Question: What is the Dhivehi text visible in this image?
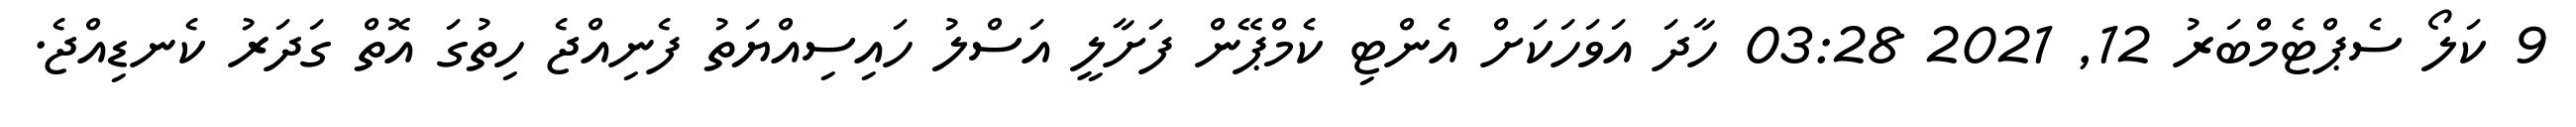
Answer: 9 ކަލޯ ސެޕްޓެމްބަރު 12, 2021 03:28 ހާދަ އަވަހަކަށް އެންޓި ކެމްޕޭން ފަށާލީ އަސްލު ހައިސިއްޔަތު ފެނިއްޖެ ހިތުގަ އޮތް ގަދަރު ކެނޑިއްޖެ.